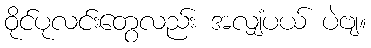
ဝိုင်ပုလင်းတွေလည်း အလျှံပယ် ပဲဗျ။